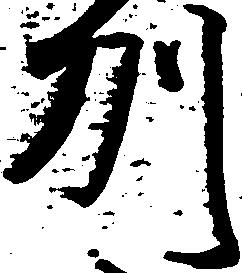
州